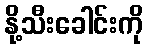
နို့သီးခေါင်းကို